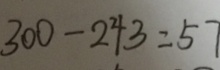
3 0 0 - 2 4 3 = 5 7